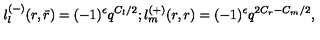
\l _ { l } ^ { ( - ) } ( r , \bar { r } ) = ( - 1 ) ^ { \epsilon } q ^ { C _ { l } / 2 } ; \l _ { m } ^ { ( + ) } ( r , r ) = ( - 1 ) ^ { \epsilon } q ^ { 2 C _ { r } - C _ { m } / 2 } ,